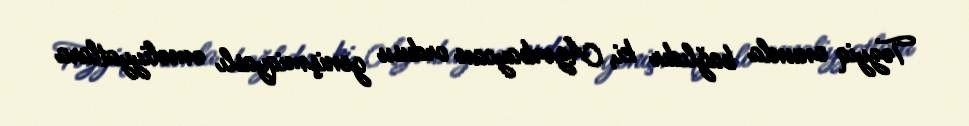
Təzyiq onunla bağlıdır ki, Azərbaycan ordusu genişmiqyaslı əməliyyatlara